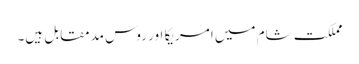
مملکت شام میں امریکا اور روس مدمقابل ہیں۔